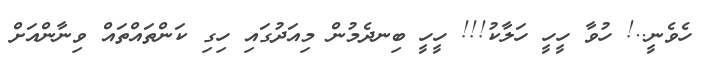
ހެވެނީ..! ހުވާ ހީހީ ހަލާކު!!! ހީހީ ބިިނދެމުން މިއަދުގައި ހިގި ކަންތައްތައް ވިނާންއަށް